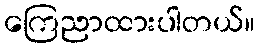
ကြေညာထားပါတယ်။